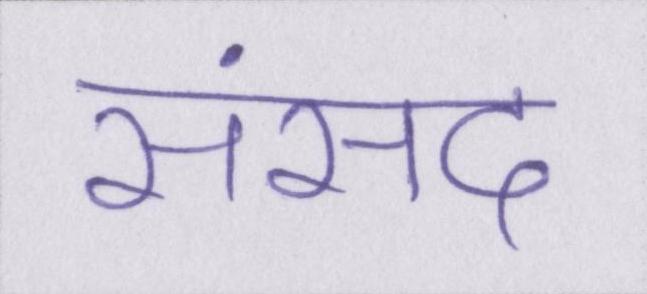
संसद